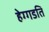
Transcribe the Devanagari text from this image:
हेग्गडति